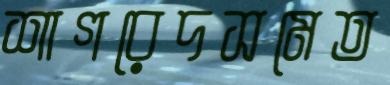
শাগরেদসমেত